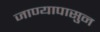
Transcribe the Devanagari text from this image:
जाण्यापासुन